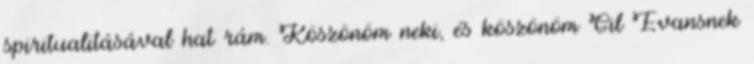
spiritualitásával hat rám. Köszönöm neki, és köszönöm Gil Evansnek